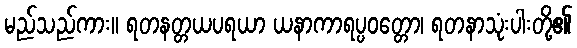
မည်သည်ကား။ ရတနတ္တယပရယာ ယနာကာရပ္ပဝတ္တော၊ ရတနာသုံးပါးတို့၏